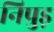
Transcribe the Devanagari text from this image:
निपुड़